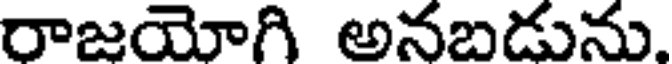
రాజయోగి అనబడును.